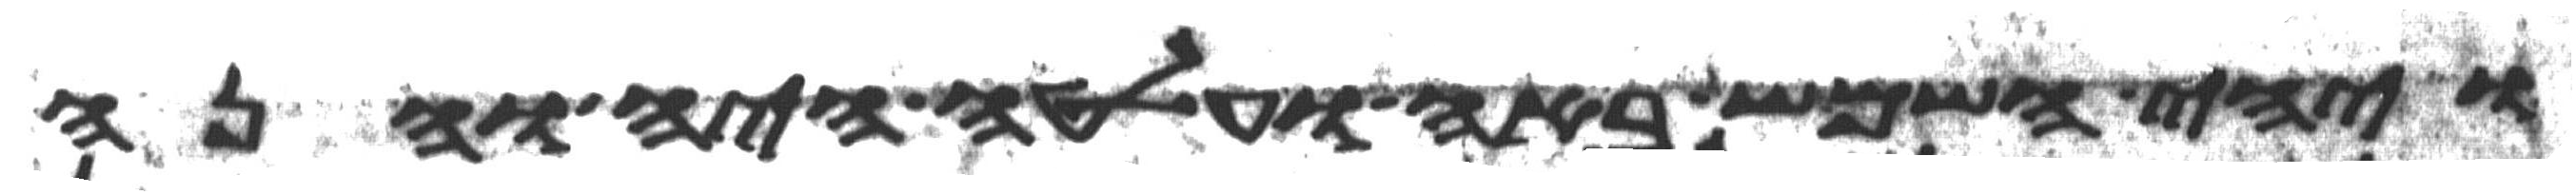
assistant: ויהי השמש באה ועלטה היה והנה